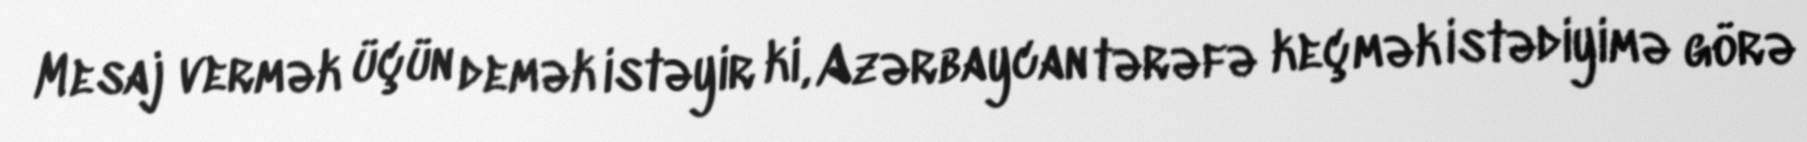
Mesaj vermək üçün demək istəyir ki, Azərbaycan tərəfə keçmək istədiyimə görə